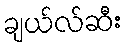
ချယ်လ်ဆီး